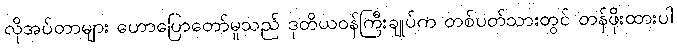
လိုအပ်တာများ ဟောပြောတော်မူသည် ဒုတိယဝန်ကြီးချုပ်က တစ်ပတ်သားတွင် တန်ဖိုးထားပါ